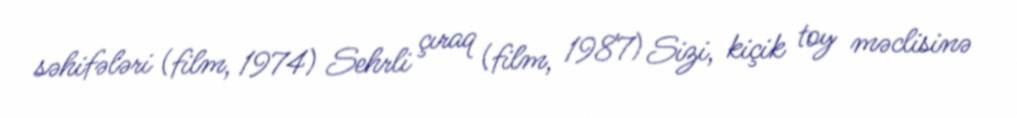
səhifələri (film, 1974) Sehrli çıraq (film, 1987) Sizi, kiçik toy məclisinə